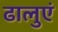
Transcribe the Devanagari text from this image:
ढालुएं